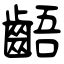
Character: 齬